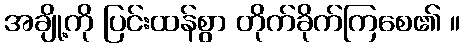
အချို့ကို ပြင်းထန်စွာ တိုက်ခိုက်ကြစေ၏ ။